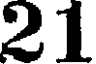
21